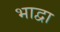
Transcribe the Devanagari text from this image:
भाद्वा